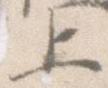
上